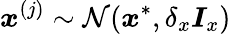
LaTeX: \boldsymbol{x}^{(j)}\sim\mathcal{N}(\boldsymbol{x}^{*},\delta_{x}\boldsymbol{I}_{x})